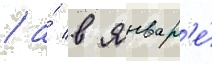
/ а́ в январ'е́